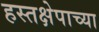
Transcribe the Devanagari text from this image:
हस्तक्षेपाच्या